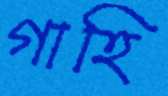
গাহি